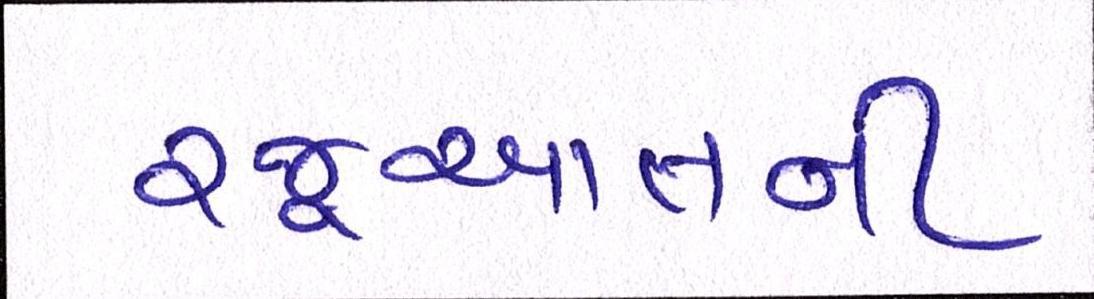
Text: રજૂઆતની